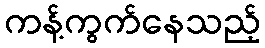
ကန့်ကွက်နေသည့်